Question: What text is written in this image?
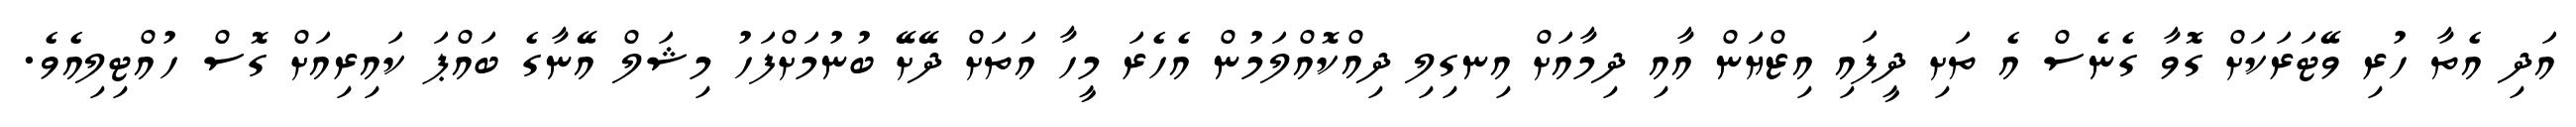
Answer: އަދި އެތާ ހުރި ވޭޓަރަކަށް ގޮވާ ގެނެސް އެ ތަށި ދީފައި އިޒްޔަން އާއި ދިމާއަށް އިނގިލި ދިއްކޮއްލަމުން އެހެރަ މީހާ އަތަށް ދޭށޭ ބުނުމަށްފަހު މިޝަލް އޭނާގެ ބައްޕަ ކައިރިއަށް ގޮސް ހުއްޓިލިއެވެ.